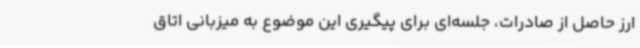
ارز حاصل از صادرات، جلسه‌ای برای پیگیری این موضوع به میزبانی اتاق